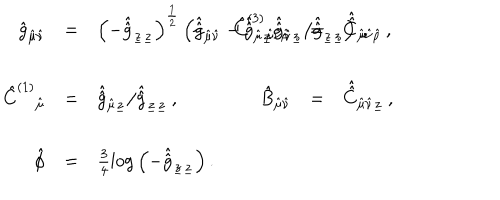
\begin{array} { r c l r c l } { { \hat { g } _ { \hat { \mu } \hat { \nu } } } } & { { = } } & { { \left( - \hat { \hat { g } } _ { \underline { { { z } } } \underline { { { z } } } } \right) ^ { \frac { 1 } { 2 } } \left( \hat { \hat { g } } _ { \hat { \mu } \hat { \nu } } - \hat { \hat { g } } _ { \hat { \mu } \underline { { { z } } } } \hat { \hat { g } } _ { \hat { \nu } \underline { { { z } } } } / \hat { \hat { g } } _ { \underline { { { z } } } \underline { { { z } } } } \right) \, , \hspace { 1 c m } } } & { { \hat { C } ^ { ( 3 ) } { } _ { \hat { \mu } \hat { \nu } \hat { \rho } } } } & { { = } } & { { \hat { \hat { C } } _ { \hat { \mu } \hat { \nu } \hat { \rho } } \, , } } \\ { { } } & { { } } & { { } } & { { } } & { { } } & { { } } \\ { { \hat { C } ^ { ( 1 ) } { } _ { \hat { \mu } } } } & { { = } } & { { \hat { \hat { g } } _ { \hat { \mu } \underline { { { z } } } } / \hat { \hat { g } } _ { \underline { { { z } } } \underline { { { z } } } } \, , } } & { { \hat { B } _ { \hat { \mu } \hat { \nu } } } } & { { = } } & { { \hat { \hat { C } } _ { \hat { \mu } \hat { \nu } \underline { { { z } } } } \, , } } \\ { { } } & { { } } & { { } } & { { } } & { { } } & { { } } \\ { { \hat { \phi } } } & { { = } } & { { \frac { 3 } { 4 } \log { \left( - \hat { \hat { g } } _ { \underline { { { z } } } \underline { { { z } } } } \right) } \, . } } & { { } } & { { } } & { { } } \\ \end{array}